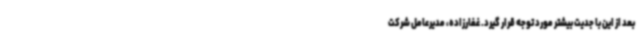
بعد از این با جدیت بیشتر مورد توجه قرار گیرد. غفارزاده، مدیرعامل شرکت